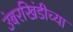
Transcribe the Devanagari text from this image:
उंबरखिंडीच्या